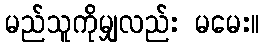
မည်သူကိုမျှလည်း မမေး။